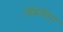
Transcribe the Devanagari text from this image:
जॅकेलिन